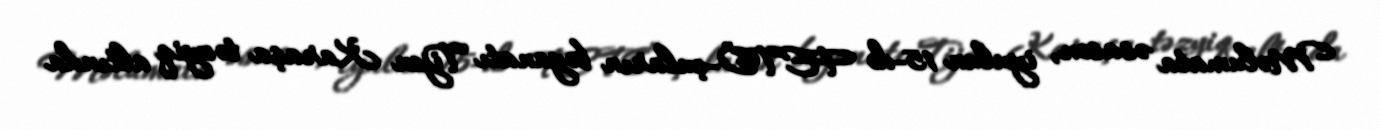
Məlumata əsasən, iyulun 15-də FETÖ-çuların bəyanatı Tijen Karaşa təzyiq altında